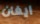
ايفان